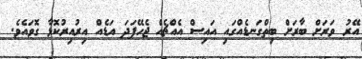
އޭރު ވަރަށް ބާރަށް ބިތްގަނޑެއްގައި އައިސް އެއްޗެއް ޖެހޭފަދަ އަޑެއް އިރުއިރުކޮޅާ ގޮވައެވެ.